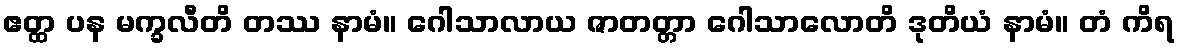
ဧတ္ထ ပန မက္ခလီတိ တဿ နာမံ။ ဂေါသာလာယ ဇာတတ္တာ ဂေါသာလောတိ ဒုတိယံ နာမံ။ တံ ကိရ